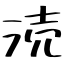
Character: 涜